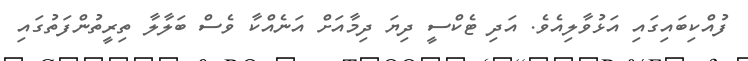
ފުއްކިބައިގައި އަޅުވާލިއެވެ. އަދި ޓެކްސީ ދިޔަ ދިމާއަށް އަނެއްކާ ވެސް ބަލާލާ ތިރީތުންފަތުގައި